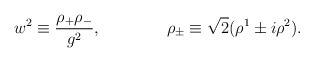
\begin{align*}w^2 \equiv \frac{\rho_+\rho_-}{g^2},\qquad \qquad \rho_{\pm} \equiv \sqrt{2}(\rho^1 \pm i\rho^2).\end{align*}